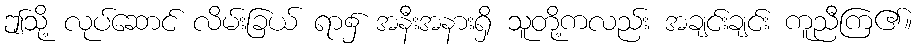
ဤသို့ လုပ်ဆောင် လိမ်းခြယ် ရာ၌ အနီးအနားရှိ သူတို့ကလည်း အချင်းချင်း ကူညီကြ၏။